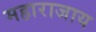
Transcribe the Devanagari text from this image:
महाराजाय